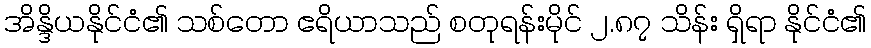
အိန္ဒိယနိုင်ငံ၏ သစ်တော ဧရိယာသည် စတုရန်းမိုင် ၂.၈၇ သိန်း ရှိရာ နိုင်ငံ၏